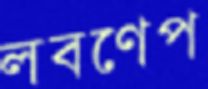
লবণেপ